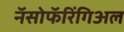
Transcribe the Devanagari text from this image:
नॅसोफॅरिंगिअल